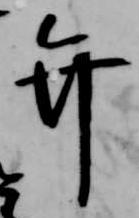
弁